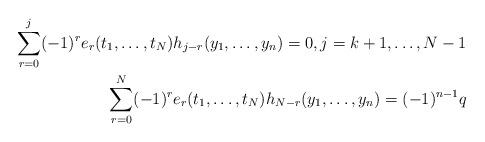
LaTeX: \begin{align*}\sum_{r=0}^{j}(-1)^{r}e_{r}(t_{1},\ldots ,t_{N})h_{j-r}(y_{1},\ldots,y_{n})=0,j=k+1,\ldots ,N-1 \\\sum_{r=0}^{N}(-1)^{r}e_{r}(t_{1},\ldots ,t_{N})h_{N-r}(y_{1},\ldots,y_{n})=(-1)^{n-1}q \end{align*}